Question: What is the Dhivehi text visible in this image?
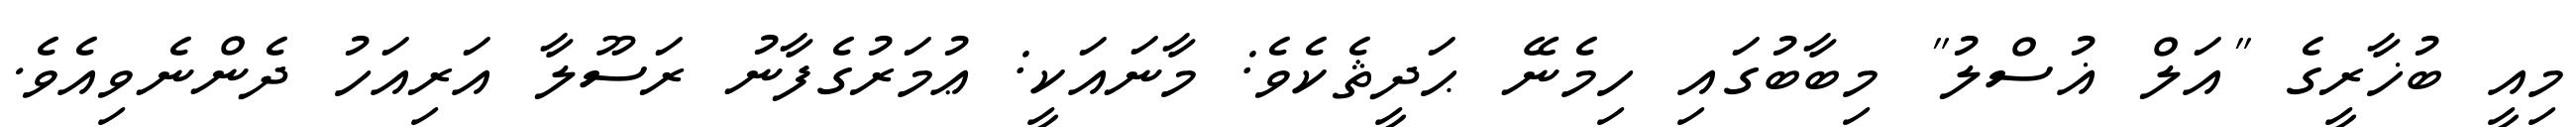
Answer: މިއީ ބުޚާރީގެ "އަލް ޣުސްލު" މިބާބުގައި ހިމެނޭ ޙަދީޘެކެވެ: މާނައަކީ: ޢުމަރުގެފާނު ރަސޫލާ އަރިއަހު ދެންނެވިއެވެ.